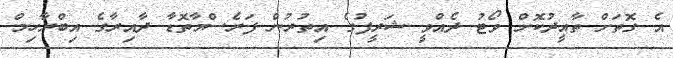
އެ ގޮތަށް ތާއީދުކޮށް ވޯޓު ދެއްވީ ޝަރީފުގެ އިތުރުން ފަރެސްމާތޮޑާ ދާއިރާގެ އިބްރާހިމް